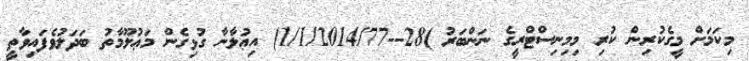
މިކަމަށް މީގެކުރިން ކުރި މިމިނިސްޓްރީގެ ނަންބަރު )28--1/1/2014/77) އިޢުލާނާ ގުޅިގެން މަޢުލޫމާތު ބަދަލުވެފައިވާތީ